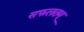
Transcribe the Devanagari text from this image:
सफलतम्